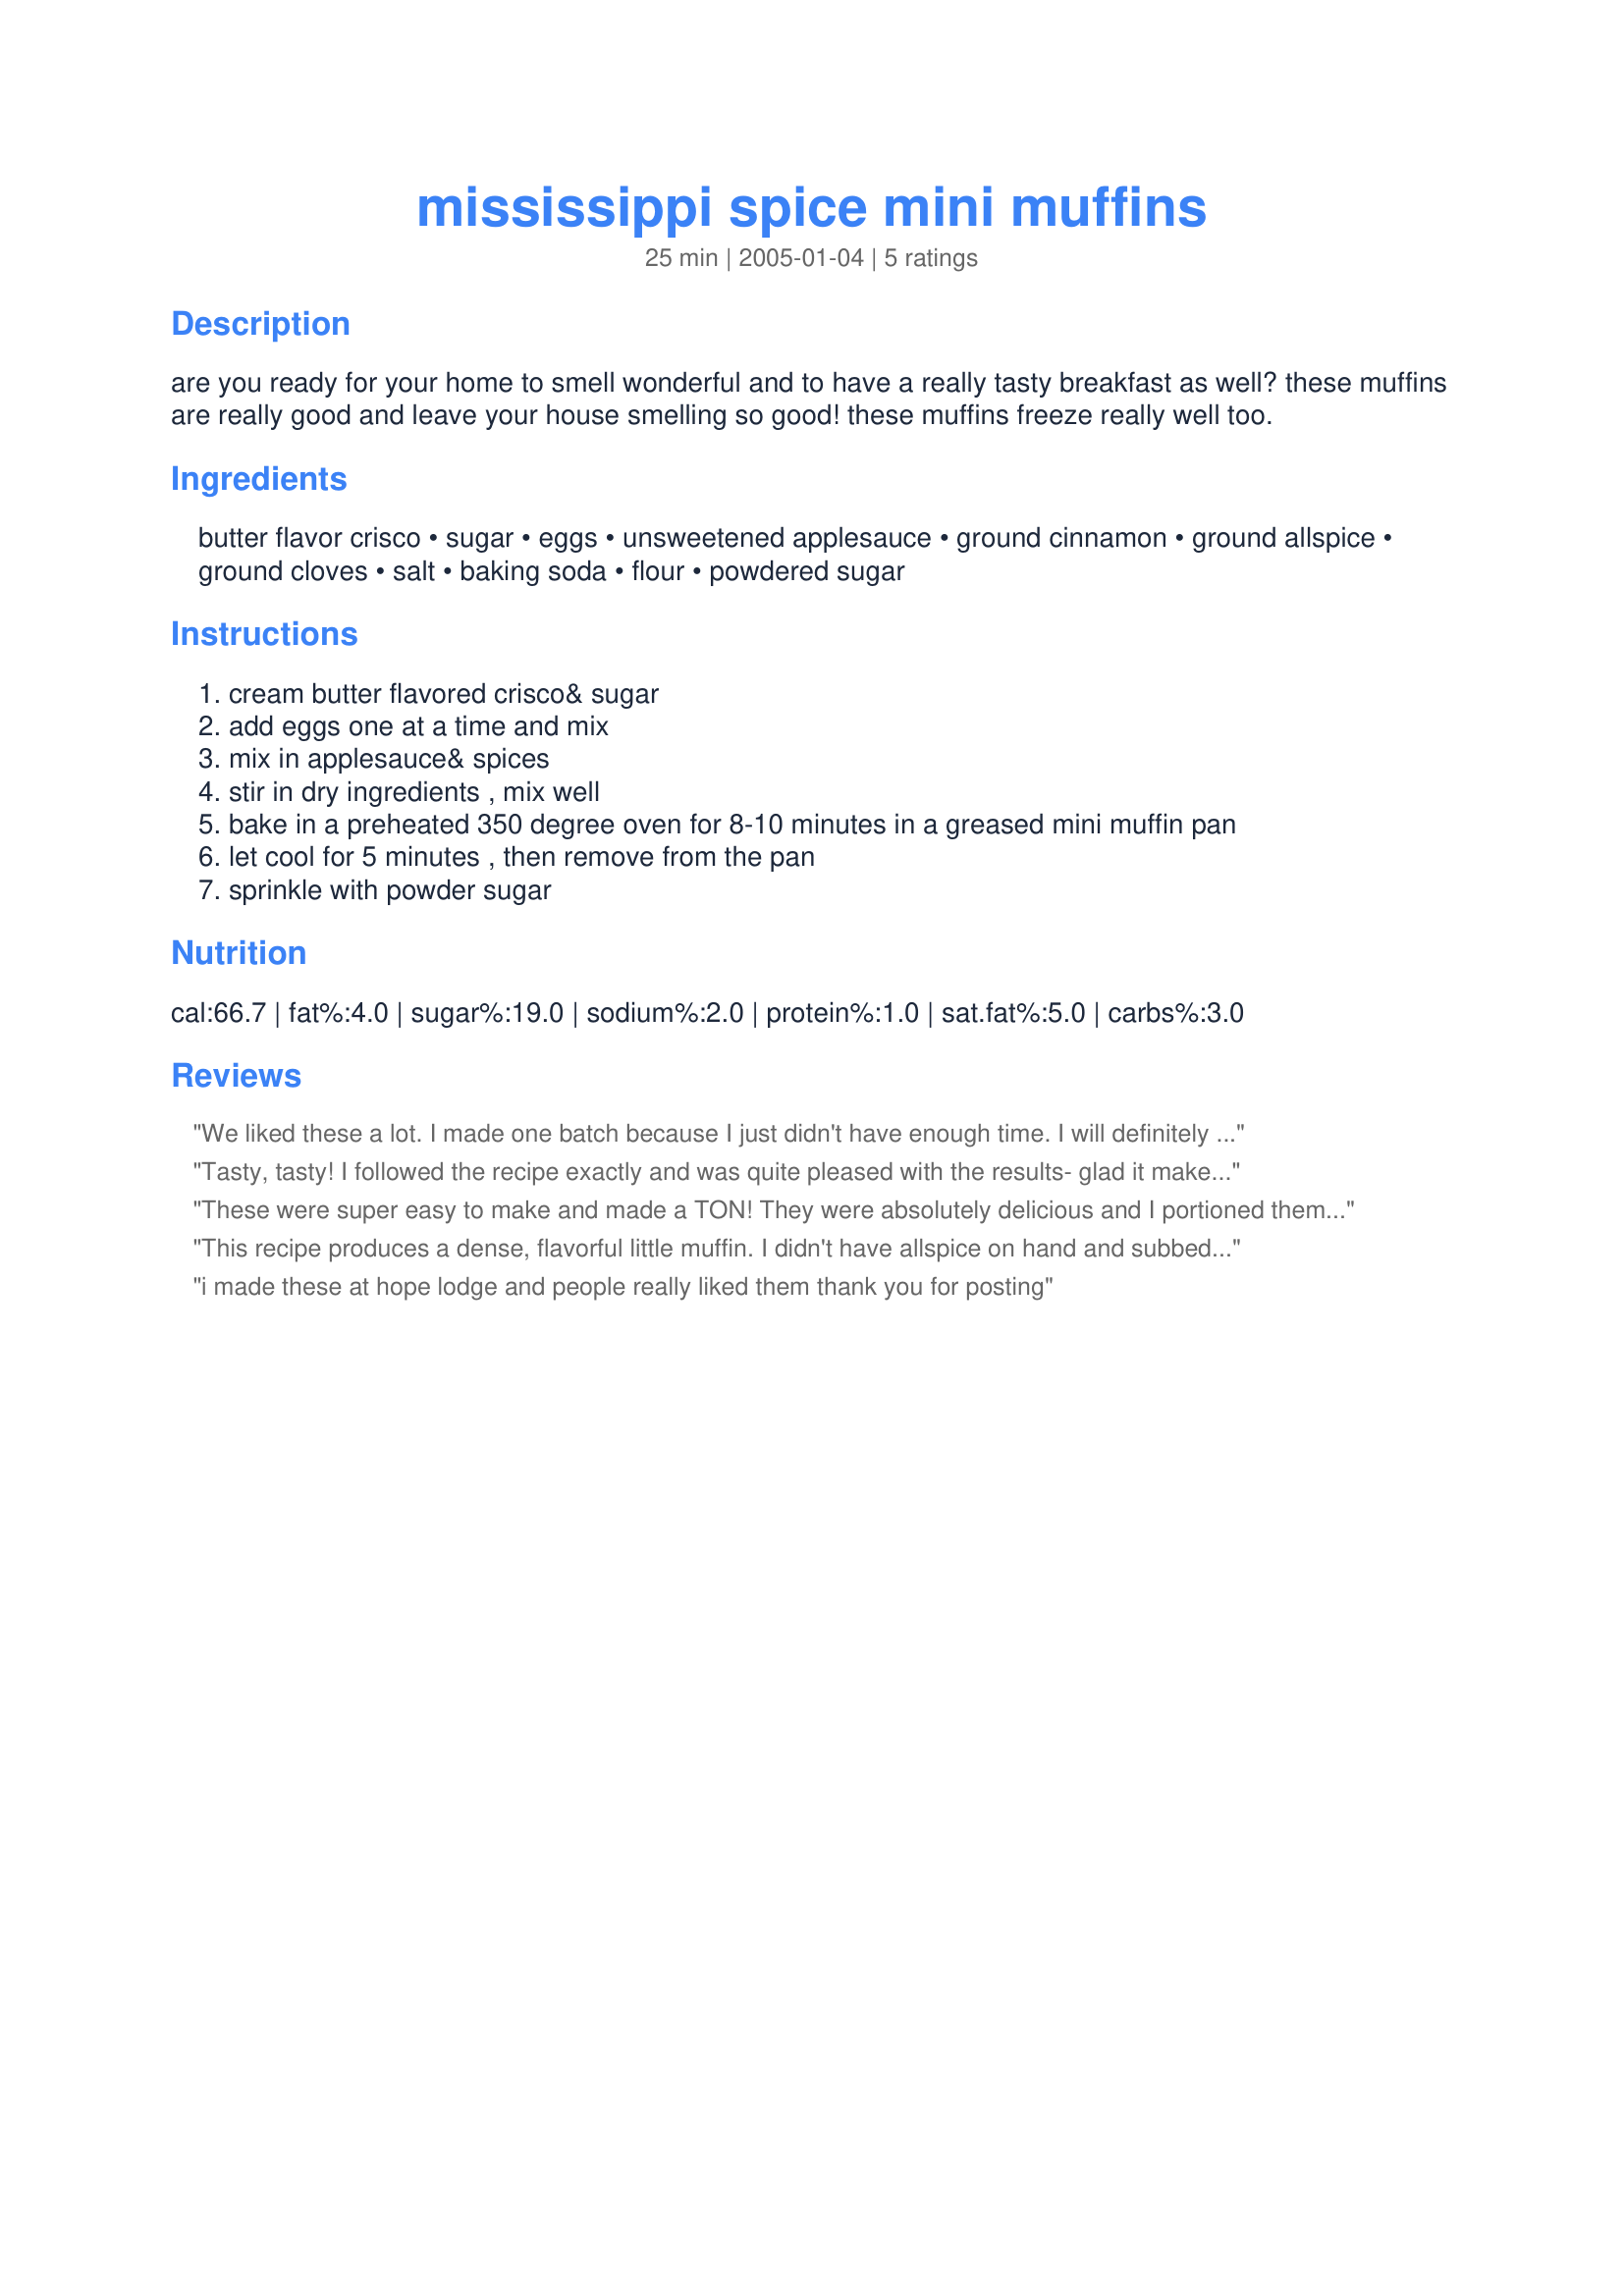
mississippi spice mini muffins
Preparation time: 25 minutes

are you ready for your home to smell wonderful and to have a really tasty breakfast as well? these muffins are really good and leave your house smelling so good! these muffins freeze really well too.

Ingredients:
butter flavor crisco, sugar, eggs, unsweetened applesauce, ground cinnamon, ground allspice, ground cloves, salt, baking soda, flour, powdered sugar

Steps:
cream butter flavored crisco& sugar
add eggs one at a time and mix
mix in applesauce& spices
stir in dry ingredients , mix well
bake in a preheated 350 degree oven for 8-10 minutes in a greased mini muffin pan
let cool for 5 minutes , then remove from the pan
sprinkle with powder sugar

Reviews:
We liked these a lot. I made one batch because I just didn't have enough time. I will definitely make these again.
Tasty, tasty! I followed the recipe exactly and was quite pleased with the results- glad it makes so many too. I did bake the muffins for the full ten minutes, and allowing them to cool in the pan for five minutes seems to be an important step.

Next time I make these I will try to sub half brown sugar for the 2 cups sugar and see how that turns out.
These were super easy to make and made a TON! They were absolutely delicious and I portioned them out to give to my children instead of those store bought mini muffins...they absolutely loved them! I actually made a double recipe and gave them out as gifts as well.
This recipe produces a dense, flavorful little muffin. I didn't have allspice on hand and subbed some pumpkin pie spice with excellent results. Everyone enjoyed them at a breakfast party featuring finger foods.
i made these at hope lodge and people really liked them thank you for posting
